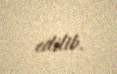
edilib.